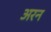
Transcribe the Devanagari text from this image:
अरन